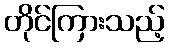
တိုင်ကြားသည့်